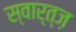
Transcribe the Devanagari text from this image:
स्वार्त्ज़